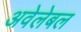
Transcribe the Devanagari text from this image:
अवेलेबल